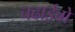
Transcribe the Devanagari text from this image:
चढाईबो